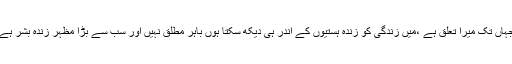
جہاں تک میرا تعلق ہے ،میں زندگی کو زندہ ہستیوں کے اندر ہی دیکھ سکتا ہوں باہر مطلق نہیں اور سب سے بڑا مظہر زندہ بشر ہے۔